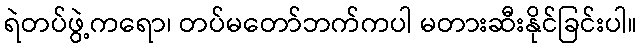
ရဲတပ်ဖွဲ့ကရော၊ တပ်မတော်ဘက်ကပါ မတားဆီးနိုင်ခြင်းပါ။